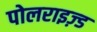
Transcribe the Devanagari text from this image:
पोलराइज़्ड